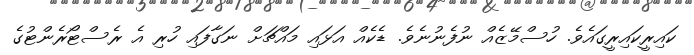
ކައިރީކައިރީގައެވެ. ހުސްމޭޒެއް ނުފެނުނެވެ. ޑެކެއް އަޅައި މައްޗަށް ނަގާފައި ހުރި އެ ރެސްޓޯރެންޓުގެ